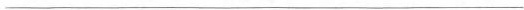
___